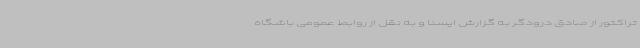
تراکتور از صادق درودگر به گزارش ایسنا و به نقل از روابط عمومی باشگاه